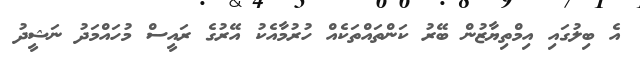
އެ ބިލުގައި އިމްތިޔާޒުން ބޭރު ކަންތައްތަކެއް ހުރުމާއެކު އޭރުގެ ރައީސް މުހައްމަދު ނަޝީދު